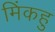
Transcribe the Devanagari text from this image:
मिंकहु